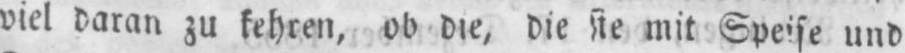
viel daran zu kehren, ob die, die sie mit Speise und